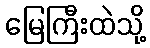
မြေကြီးထဲသို့